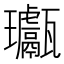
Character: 𤫣